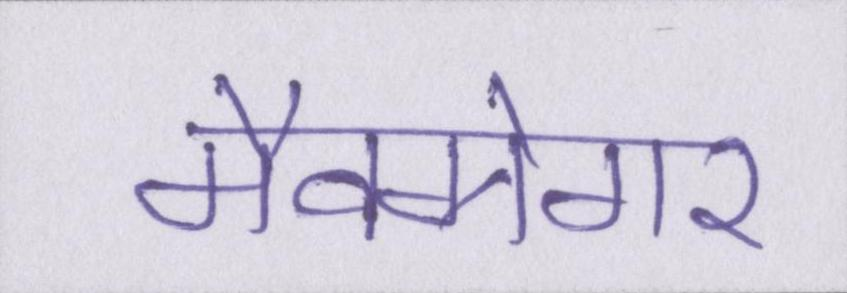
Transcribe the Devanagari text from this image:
मैक्ग्रेगर